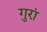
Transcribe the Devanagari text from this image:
गुरां